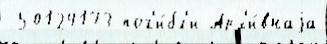
 50124173 пог'и́бл'и Арх'и́внаjа